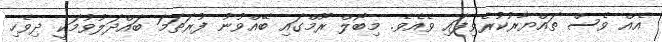
އެއް ވެސް ތައްޔާރުކުރެވިފައި ވެއެވެ. މިބޯލް ރޫމްގައި ބޭއްވުނު ފުރަތަމަ ބައްދަލުވުމަކީ ދިވެހި